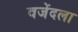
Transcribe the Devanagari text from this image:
वजेंदला